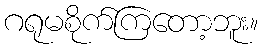
ဂရုမစိုက်ကြတော့ဘူး။